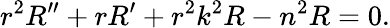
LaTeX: r^{2}R^{\prime\prime}+rR^{\prime}+r^{2}k^{2}R-n^{2}R=0.